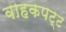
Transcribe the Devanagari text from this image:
वाहकपट्ट